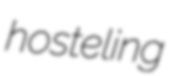
hosteling